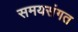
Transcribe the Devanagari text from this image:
समयसंगत